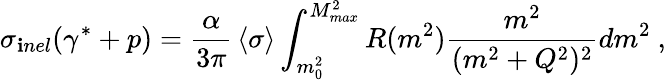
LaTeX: \sigma_{\mathbf{i}nel}(\gamma^{*}+p)={\frac{{\alpha}}{{3\pi}}}\left<\sigma\right>\int_{m_{0}^{2}}^{M_{max}^{2}}R(m^{2}){\frac{{m^{2}}}{{(m^{2}+Q^{2})^{2}}}}dm^{2}\ ,